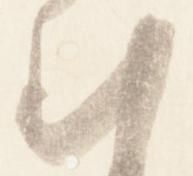
む